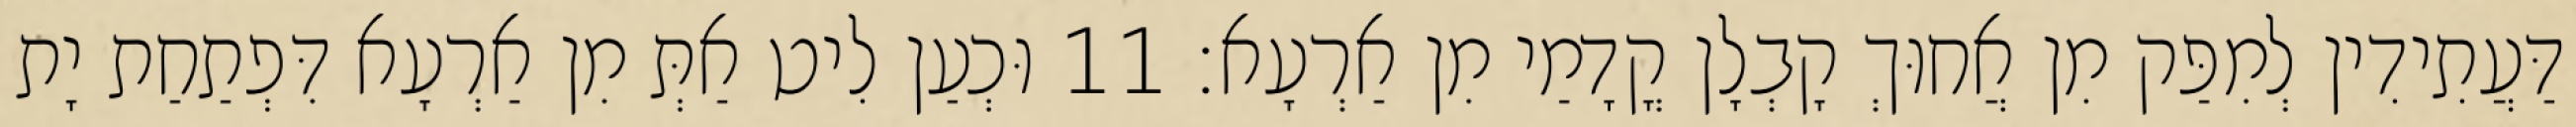
דַּעֲתִידִין לְמִפַּק מִן אֲחוּךְ קָבְלָן קֳדָמַי מִן אַרְעָא׃ 11 וּכְעַן לִיט אַתְּ מִן אַרְעָא דִּפְתַחַת יָת